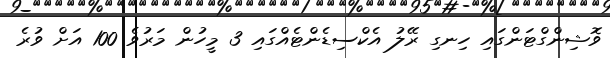
ވޮޝިންގްޓަންގައި ހިނގި ރޭލު އެކްސިޑެންޓެއްގައި 3 މީހުން މަރުވެ 100 އަށް ވުރެ